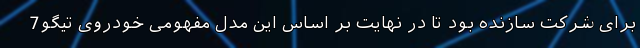
برای شرکت سازنده بود تا در نهایت بر اساس این مدل مفهومی خودروی تیگو7